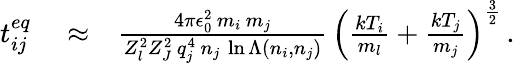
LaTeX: \begin{array}{rlr}{t_{ij}^{eq}}&{{}\approx}&{\frac{4\pi\epsilon_{0}^{2}\, m_{i}\, m_{j}}{Z_{l}^{2}Z_{J}^{2}\, q_{j}^{4}\, n_{j}\, \ln\Lambda\left(n_{i},n_{j}\right)}\, \left(\frac{kT_{i}}{m_{l}}+\frac{kT_{j}}{m_{j}}\right)^{\frac{3}{2}}\, .}\end{array}